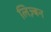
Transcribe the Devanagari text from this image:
लिज़्बन